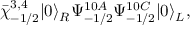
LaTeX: \bar { \chi } _ { - 1 / 2 } ^ { 3 , 4 } | 0 \rangle _ { R } \Psi _ { - 1 / 2 } ^ { 1 0 A } \Psi _ { - 1 / 2 } ^ { 1 0 C } | 0 \rangle _ { L } ,